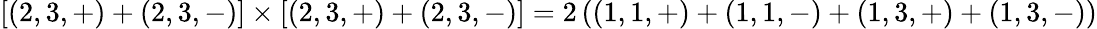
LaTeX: \lbrack(2,3,+)+(2,3,-)]\times[(2,3,+)+(2,3,-)]=2\left((1,1,+)+(1,1,-)+(1,3,+)+{(1,3,-)}\right)